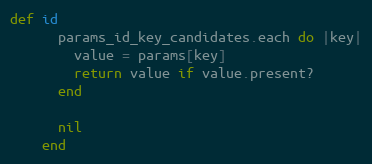
Language: Ruby
def id
      params_id_key_candidates.each do |key|
        value = params[key]
        return value if value.present?
      end

      nil
    end